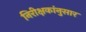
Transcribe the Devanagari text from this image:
निरीक्षकांनुसार